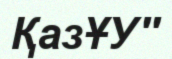
ҚазҰУ''